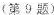
(第9题）